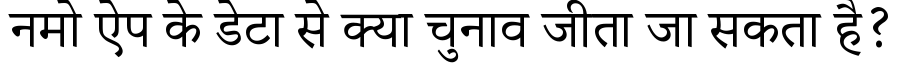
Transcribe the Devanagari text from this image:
नमो ऐप के डेटा से क्या चुनाव जीता जा सकता है?